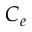
C _ { e }